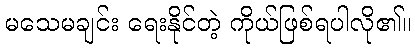
မသေမချင်း ရေးနိုင်တဲ့ ကိုယ်ဖြစ်ရပါလို၏။